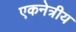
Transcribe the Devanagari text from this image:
एकनेत्रीय